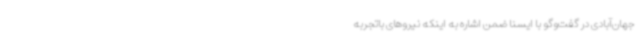
جهان‌آبادی در گفت‌وگو با ایسنا ضمن اشاره به اینکه نیروهای باتجربه